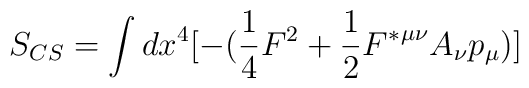
S_{CS} = \int{dx^{4}[-(\frac{1}{4}F^{2}+\frac{1}{2}{F^{*}}^{{\mu}{\nu}}A_{{\nu}}p_{\mu})]}